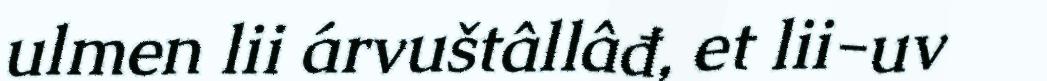
ulmen lii árvuštâllâđ, et lii-uv